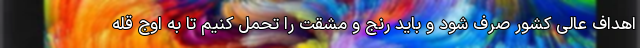
اهداف عالی کشور صرف شود و باید رنج و مشقت را تحمل کنیم تا به اوج قله